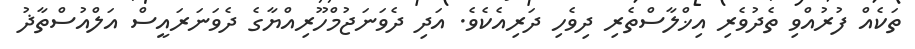
ތަކެއް ފުރުއްވި ތެދުވެރި އިޚްލާސްތެރި ދިވެހި ދަރިއެކެވެ. އަދި ދެވަނަޖުމްހޫރިއްޔާގެ ދެވަނަރައީސް އަލްއުސްތާޛު